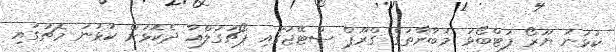
ކުޅުނު ޔޫރޯ ފުޓްބޯޅަ މުބާރާތުގެ ގްރޫޕް ސްޓޭޖުގައި ޕޯޗުގަލްއާ ދެކޮޅަށް ކުޅުނު މެޗުގައި